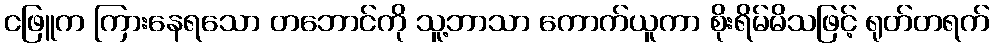
ငဖြူက ကြားနေရသော တဘောင်ကို သူ့ဘာသာ ကောက်ယူကာ စိုးရိမ်မိသဖြင့် ရုတ်တရက်